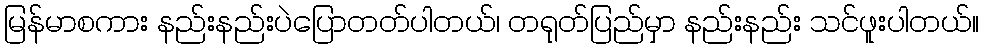
မြန်မာစကား နည်းနည်းပဲပြောတတ်ပါတယ်၊ တရုတ်ပြည်မှာ နည်းနည်း သင်ဖူးပါတယ်။